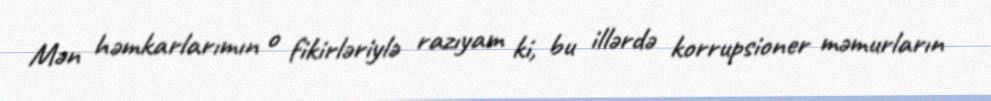
Mən həmkarlarımın o fikirləriylə razıyam ki, bu illərdə korrupsioner məmurların